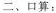
二、口算：